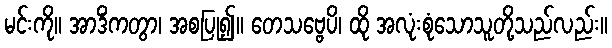
မင်းကို။ အာဒိံကတွာ၊ အစပြု၍။ တေသဗ္ဗေပိ၊ ထို အလုံးစုံသောသူတို့သည်လည်း။